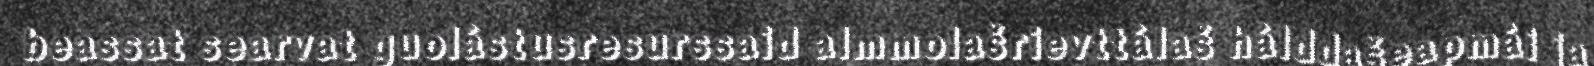
beassat searvat guolástusresurssaid almmolašrievttálaš hálddašeapmái ja